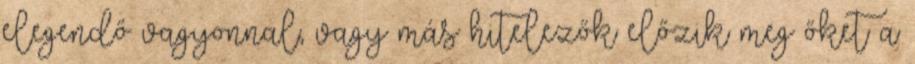
elegendő vagyonnal, vagy más hitelezők előzik meg őket a